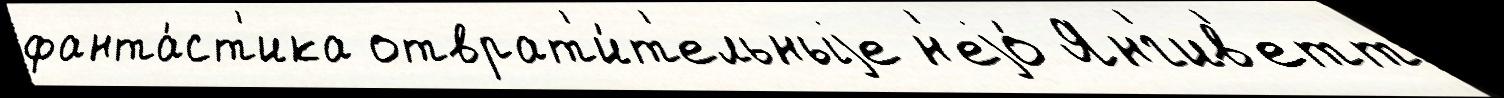
фанта́ст'ика отврат'и́т'ельныjе н'еjо́ Янг'ив'етт